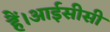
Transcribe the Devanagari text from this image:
हैं।आईसीसी